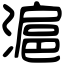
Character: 滬